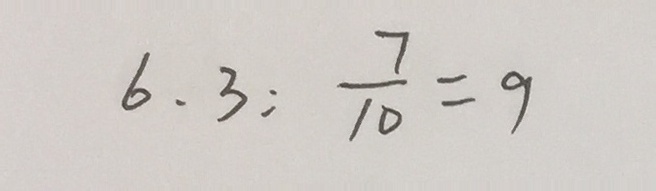
6 . 3 : \frac { 7 } { 1 0 } = 9